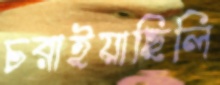
চরাইয়াছিলি